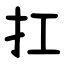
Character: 扛